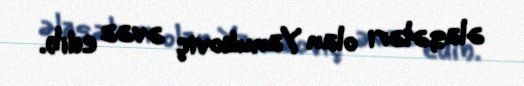
əlaqələri olan Yanukoviç əvəz edib.